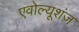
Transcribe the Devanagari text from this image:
एवोल्यूशंज़